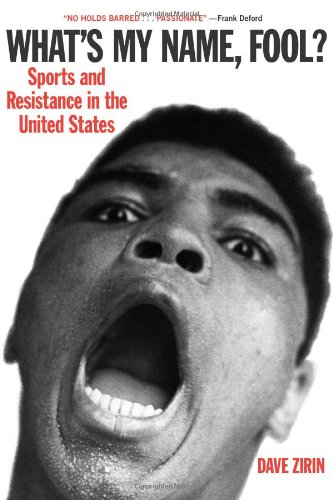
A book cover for What's My Name, Fool? Sports and Resistance in the United States; Dave Zirin; Sports & Outdoors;